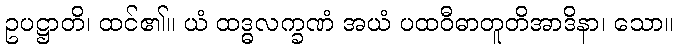
ဥပဋ္ဌာတိ၊ ထင်၏။ ယံ ထဒ္ဓလက္ခဏံ အယံ ပထဝီဓာတူတိအာဒိနာ၊ သော။